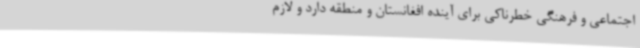
اجتماعی و فرهنگی خطرناکی برای آینده افغانستان و منطقه دارد و لازم